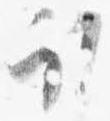
取